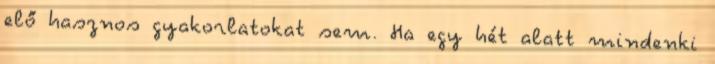
elő hasznos gyakorlatokat sem. Ha egy hét alatt mindenki